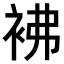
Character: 𧙂